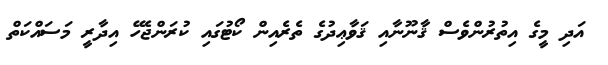
އަދި މީގެ އިތުރުންވެސް ޤާނޫނާއި ޤަވާޢިދުގެ ތެރެއިން ކޯޓުގައި ކުރަންޖެހޭ އިދާރީ މަސައްކަތް